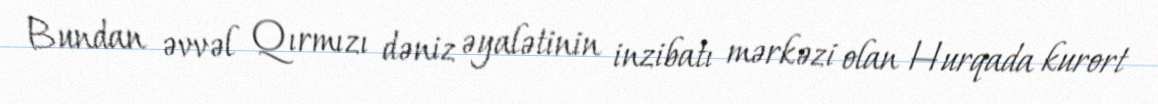
Bundan əvvəl Qırmızı dəniz əyalətinin inzibatı mərkəzi olan Hurqada kurort